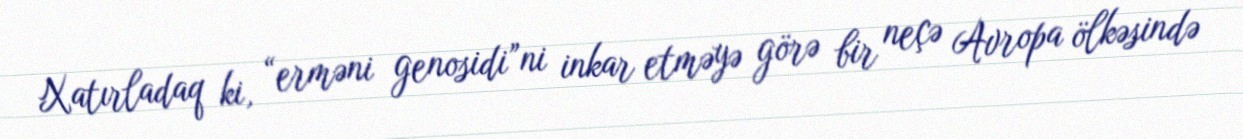
Xatırladaq ki, “erməni genosidi”ni inkar etməyə görə bir neçə Avropa ölkəsində